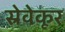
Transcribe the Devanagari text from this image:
स्रेवेकूर